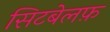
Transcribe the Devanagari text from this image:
सिटबेलफ़